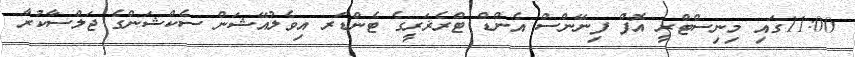
11:00ގައި މިނިސްޓްރީ އޮފް ފިނޭންސް އެންޑް ޓްރެޜަރީގެ ޓެންޑަރ އިވެލުއޭޝަން ސެކްޝަންގެ ޖަލްސާކުރާ